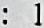
: 1